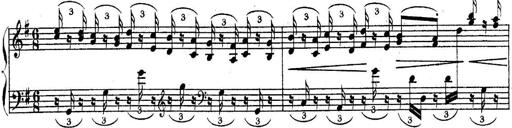
Title: Sonatina for Piano
Composer: BÃ©la BartÃ³k